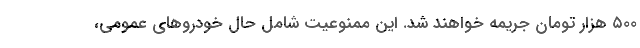
۵۰۰ هزار تومان جریمه خواهند شد. این ممنوعیت شامل حال خودروهای عمومی،